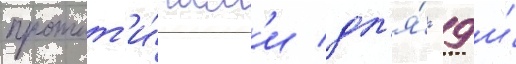
протот'и́пам'и дл'я́ -9 и́